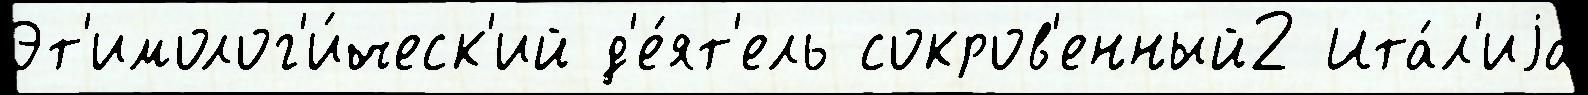
Эт'имолог'и́ческ'ий д'е́ят'ель сокров'енный2 Ита́л'иjа